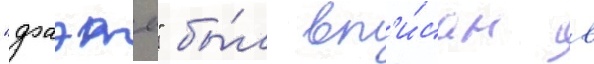
"фаэты" бы́л вп'и́сан в